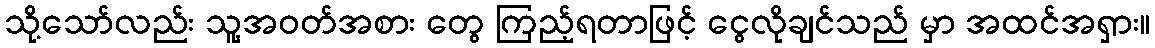
သို့သော်လည်း သူ့အဝတ်အစား တွေ ကြည့်ရတာဖြင့် ငွေလိုချင်သည် မှာ အထင်အရှား။